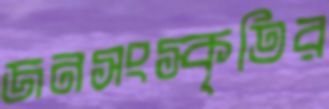
জনসংস্কৃতির